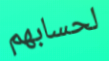
لحسابهم